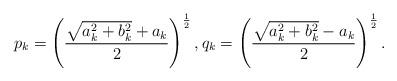
LaTeX: \begin{align*}p_k =\left(\frac{\sqrt{a^2_k+b^2_k} + a_k}{2} \right)^{\frac{1}{2}} , q_k = \left(\frac{\sqrt{a^2_k+b^2_k} - a_k}{2} \right)^{\frac{1}{2}}.\end{align*}